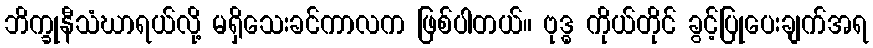
ဘိက္ခုနီသံဃာရယ်လို့ မရှိသေးခင်ကာလက ဖြစ်ပါတယ်။ ဗုဒ္ဓ ကိုယ်တိုင် ခွင့်ပြုပေးချက်အရ